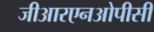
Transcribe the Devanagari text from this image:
जीआरएनओपीसी